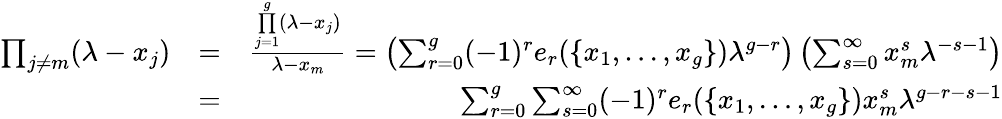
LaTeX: \begin{array}{rlr}{\prod_{j\neq m}(\lambda-x_{j})}&{=}&{\frac{\underset{j=1}{\overset{g}{\prod}}(\lambda-x_{j})}{\lambda-x_{m}}=\left(\sum_{r=0}^{g}(-1)^{r}e_{r}(\{ x_{1},\dots,x_{g}\} )\lambda^{g-r}\right)\left(\sum_{s=0}^{\infty}x_{m}^{s}\lambda^{-s-1}\right)}\\ &{=}&{\sum_{r=0}^{g}\sum_{s=0}^{\infty}(-1)^{r}e_{r}(\{ x_{1},\dots,x_{g}\} )x_{m}^{s}\lambda^{g-r-s-1}}\end{array}